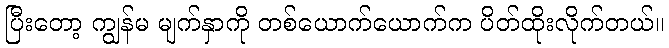
ပြီးတော့ ကျွန်မ မျက်နှာကို တစ်ယောက်ယောက်က ပိတ်ထိုးလိုက်တယ်။